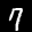
Label: 7